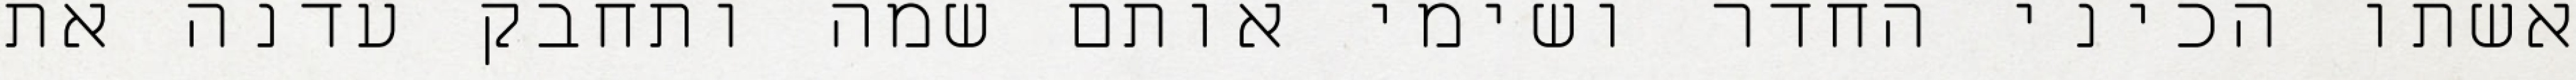
אשתו הכיני החדר ושימי אותם שמה ותחבק עדנה את